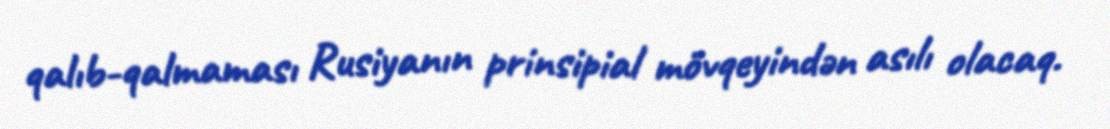
qalıb-qalmaması Rusiyanın prinsipial mövqeyindən asılı olacaq.